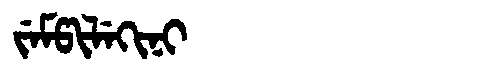
Manchu: ᠵᡝᠮᡦᡳᠯᡝᡴᡳᠨᡳ
Romanization: JEMPILEKINI